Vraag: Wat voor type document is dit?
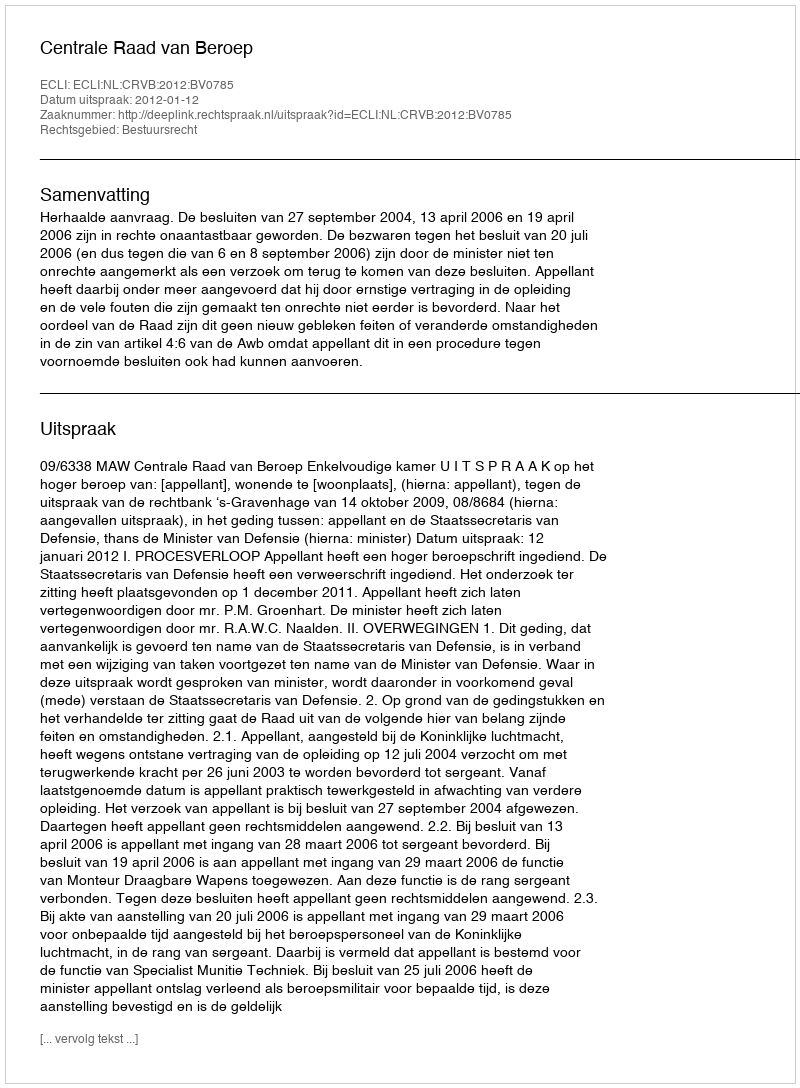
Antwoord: Uitspraak